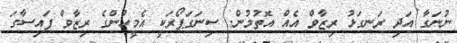
ނުނަގާ އަދި ރަނގަޅު ރިޒާވް އެއް އޮތުމުން. ސިނަގަޕޯރަކީ އެމީހުންގެ ރިޒާވް ފައިސާގަ